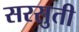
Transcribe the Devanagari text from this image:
सरसुती